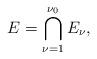
LaTeX: \begin{align*}E=\bigcap_{\nu=1}^{\nu_0} E_\nu,\end{align*}